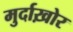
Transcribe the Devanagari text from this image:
मुर्दाख़ोर